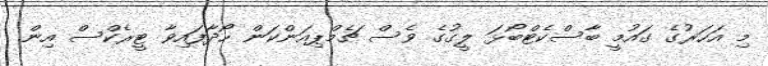
މި އަހަރުގެ ގައުމީ ބާސްކެޓްބޯޅަ ލީގުގެ ވެސް ޗެމްޕިއަންކަން ހޯދާފައިވާ ޓީރެކްސް އިން